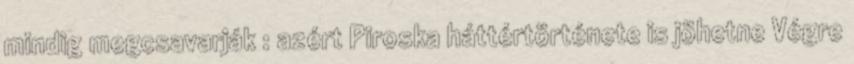
mindig megcsavarják : azért Piroska háttértörténete is jöhetne Végre